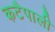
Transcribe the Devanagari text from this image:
कटैपाली